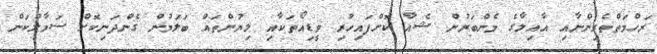
ރަހްމަތްތެރިންނާއި އާއިލާގެ މެންބަރުން ޝެއާ ކޮށްފައިހުރި ވީޑިއޯތަކާއި ލިޔުންތައް ބަލަމުން ގެންދަނިކޮށް ސަމާލުކަން